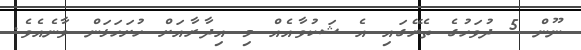
ނޫން 5 ދުވަހުގެ ތެރޭގައި އެ ޝަކުވާއެއް މި އިދާރާއަށް ހުށަހަޅަން ވާނެއެވެ.